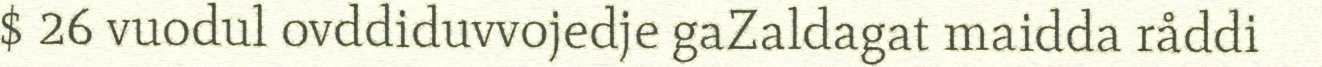
$ 26 vuodul ovddiduvvojedje gaZaldagat maidda råddi